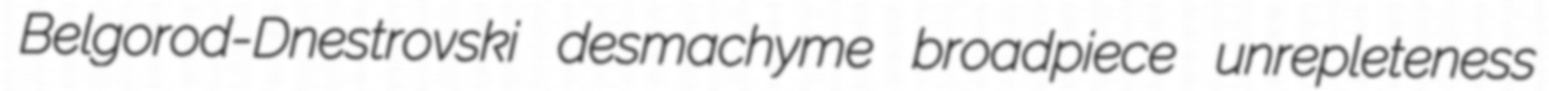
Belgorod-Dnestrovski desmachyme broadpiece unrepleteness